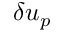
\delta u _ { p }